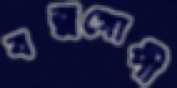
বজ্রগোপী